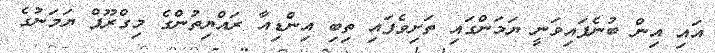
އައި އިން ބުނެފައިވަނީ ޔަމަންގައި ތަށިވެފައި ތިބި އިންޑިއާ ރައްޔިތުންގެ މިގްރޫޕް ޔަމަނުގެ